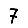
Digit: 7